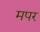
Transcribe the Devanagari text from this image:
मपर